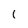
Character: I